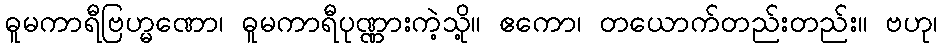
ဓူမကာရီဗြဟ္မဏော၊ ဓူမကာရီပုဏ္ဏားကဲ့သို့။ ဧကော၊ တယောက်တည်းတည်း။ ဗဟု၊